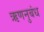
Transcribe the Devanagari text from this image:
ऋणनुबंध